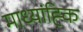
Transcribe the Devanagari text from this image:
माध्यांह्कि